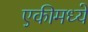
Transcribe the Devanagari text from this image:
एकीमध्ये